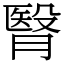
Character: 㬾